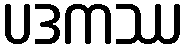
ပဒကဿ